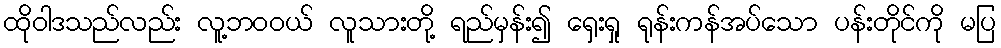
ထိုဝါဒသည်လည်း လူ့ဘဝဝယ် လူသားတို့ ရည်မှန်း၍ ရှေးရှု ရုန်းကန်အပ်သော ပန်းတိုင်ကို မပြ